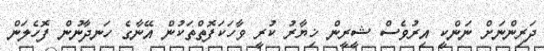
ދަރިންނަށް ނަންކީ އިރުވެސް ޝީރީން ޚިޔާރު ކުރީ ވާހަކަފޮތްތަކުން އޭނާގެ ހަނދާނުން ފޮހެލަން